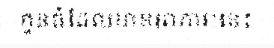
កូនធំដែលមានអាការៈនេះ